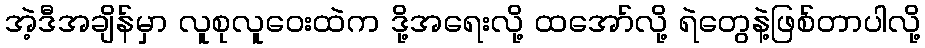
အဲ့ဒီအချိန်မှာ လူစုလူဝေးထဲက ဒို့အရေးလို့ ထအော်လို့ ရဲတွေနဲ့ဖြစ်တာပါလို့